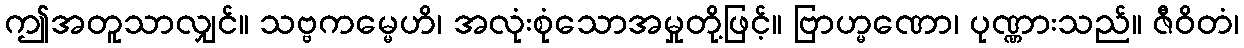
ဤအတူသာလျှင်။ သဗ္ဗကမ္မေဟိ၊ အလုံးစုံသောအမှုတို့ဖြင့်။ ဗြာဟ္မဏော၊ ပုဏ္ဏားသည်။ ဇီဝိတံ၊